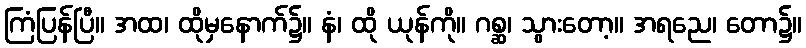
ကြံပြန်ပြီ။ အထ၊ ထိုမှနောက်၌။ နံ၊ ထို ယုန်ကို။ ဂစ္ဆ၊ သွားတော့။ အရညေ၊ တော၌။